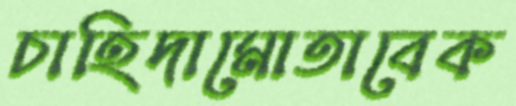
চাহিদামোতাবেক